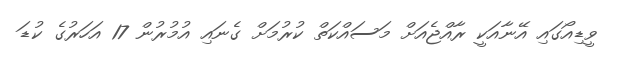
ވީޑިއޯގައި އޭނާއަކީ ރާއްޖެއަށް މަސައްކަތް ކުރުމަށް ގެނައި އުމުރުން 17 އަހަރުގެ ކުޑަ